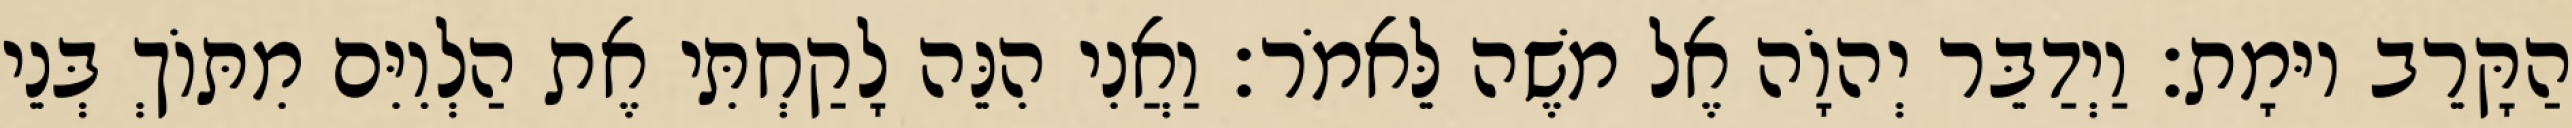
הַקָּרֵב יוּמָת׃ וַיְדַבֵּר יְהוָֹה אֶל משֶׁה לֵּאמֹר׃ וַאֲנִי הִנֵּה לָקַחְתִּי אֶת הַלְוִיִּם מִתּוֹךְ בְּנֵי